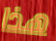
هذا